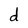
Character: d